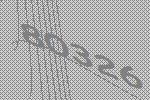
80326